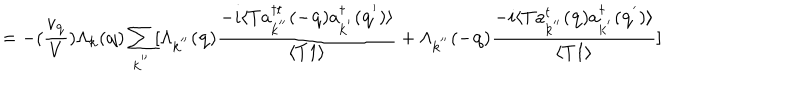
= - ( \frac { v _ { { \bf { q } } } } { V } ) \Lambda _ { { \bf { k } } } ( { \bf { q } } ) \sum _ { { \bf { k } } ^ { ' ^ { \prime } } } [ \Lambda _ { { \bf { k } } ^ { ' ^ { \prime } } } ( { \bf { q } } ) \frac { - i \langle T a _ { { \bf { k } } ^ { ' ^ { \prime } } } ^ { \dagger t } ( - { \bf { q } } ) a _ { { \bf { k } } ^ { ' } } ^ { \dagger } ( { \bf { q } } ^ { ' } ) \rangle } { \langle T 1 \rangle } + \Lambda _ { { \bf { k } } ^ { ' ^ { \prime } } } ( - { \bf { q } } ) \frac { - i \langle T a _ { { \bf { k } } ^ { ' ^ { \prime } } } ^ { t } ( { \bf { q } } ) a _ { { \bf { k } } ^ { ' } } ^ { \dagger } ( { \bf { q } } ^ { ' } ) \rangle } { \langle T 1 \rangle } ]